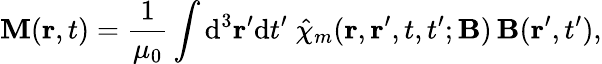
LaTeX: \mathbf{M}(\mathbf{r},t)={\frac{1}{\mu_{0}}}\int\mathrm{{d}}^{3}\mathbf{r}^{\prime}\mathrm{{d}}t^{\prime}\; {\hat{\chi}}_{m}(\mathbf{r},\mathbf{r}^{\prime},t,t^{\prime};\mathbf{B})\, \mathbf{B}(\mathbf{r}^{\prime},t^{\prime}),